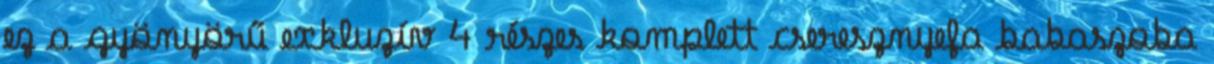
ez a gyönyörű exkluzív 4 részes komplett cseresznyefa babaszoba